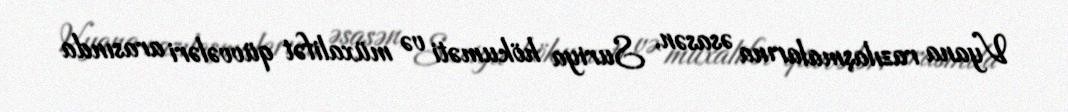
Vyana razılaşmalarına əsasən, Suriya hökuməti və müxalifət qüvvələri arasında